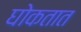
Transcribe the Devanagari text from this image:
घोकतात